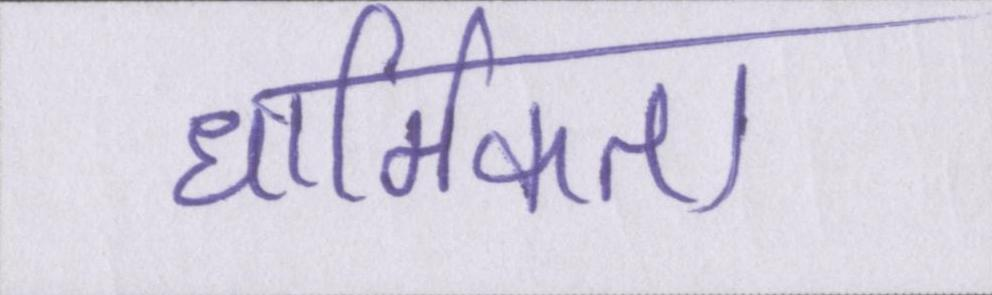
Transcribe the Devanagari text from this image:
धार्मिकता